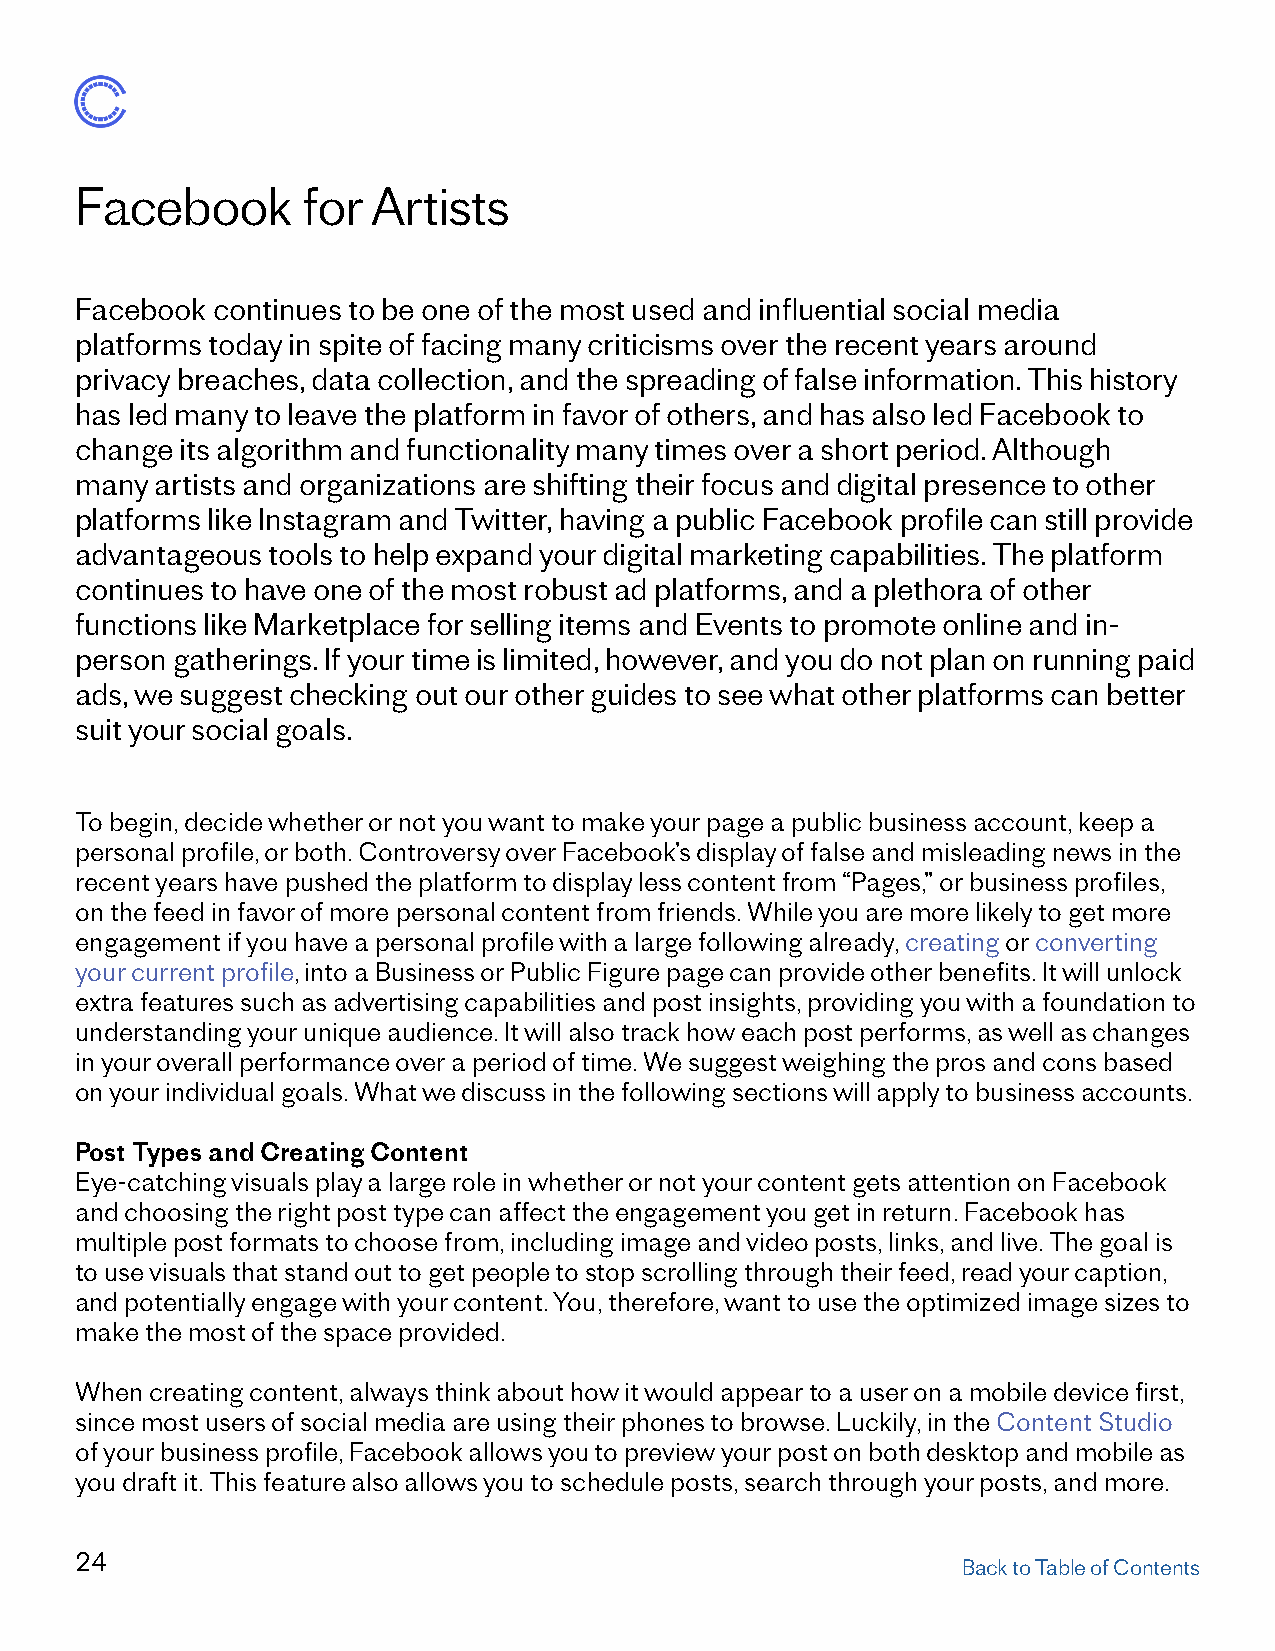
Facebook       for  Artists
 Facebook continues to be one of the most used and influential social media
 platforms today in spite of facing many criticisms over the recent years around
 privacy breaches, data collection, and the spreading of false information. This history
 has led many to leave the platform in favor of others, and has also led Facebook to
 change its algorithm and functionality many times over a short period. Although
 many artists and organizations are shifting their focus and digital presence to other
 platforms like Instagram and Twitter, having a public Facebook profile can still provide
 advantageous tools to help expand your digital marketing capabilities. The platform
 continues to have one of the most robust ad platforms, and a plethora of other
 functions like Marketplace for selling items and Events to promote online and in-
 person gatherings. If your time is limited, however, and you do not plan on running paid
 ads, we suggest checking out our other guides to see what other platforms can better
 suit your social goals.
 To begin, decide whether or not you want to make your page a public business account, keep a
 personal profile, or both. Controversy over Facebook’s display of false and misleading news in the
 recent years have pushed the platform to display less content from “Pages,” or business profiles,
 on the feed in favor of more personal content from friends. While you are more likely to get more
 engagement if you have a personal profile with a large following already, creating or converting
 your current profile, into a Business or Public Figure page can provide other benefits. It will unlock
 extra features such as advertising capabilities and post insights, providing you with a foundation to
 understanding your unique audience. It will also track how each post performs, as well as changes
 in your overall performance over a period of time. We suggest weighing the pros and cons based
 on your individual goals. What we discuss in the following sections will apply to business accounts.
 Post Types and Creating Content
 Eye-catching visuals play a large role in whether or not your content gets attention on Facebook
 and choosing the right post type can affect the engagement you get in return. Facebook has
 multiple post formats to choose from, including image and video posts, links, and live. The goal is
 to use visuals that stand out to get people to stop scrolling through their feed, read your caption,
 and potentially engage with your content. You, therefore, want to use the optimized image sizes to
 make the most of the space provided.
 When creating content, always think about how it would appear to a user on a mobile device first,
 since most users of social media are using their phones to browse. Luckily, in the Content Studio
 of your business profile, Facebook allows you to preview your post on both desktop and mobile as
 you draft it. This feature also allows you to schedule posts, search through your posts, and more.
 24
 Back to Table of Contents